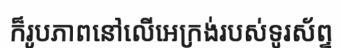
ក៏រូបភាពនៅលើអេក្រង់របស់ទូរស័ព្ទ